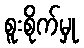
စူးစိုက်မှု